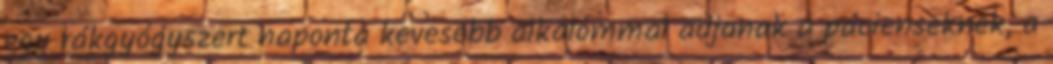
egy rákgyógyszert naponta kevesebb alkalommal adjanak a pácienseknek, a